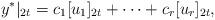
LaTeX: \begin{align*}y^*|_{2t} = c_1 [u_1]_{2t} + \cdots + c_r [u_r]_{2t},\end{align*}